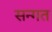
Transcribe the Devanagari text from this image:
सन्गत